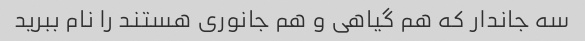
سه جاندار که هم گیاهی و هم جانوری هستند را نام ببرید